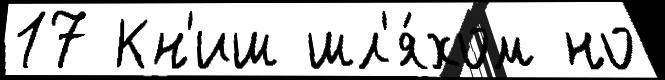
17 Кн'иш шл'я́хом но